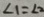
\angle 1 = \angle 2